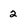
Character: 2